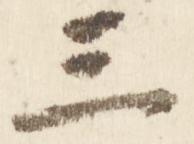
三